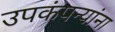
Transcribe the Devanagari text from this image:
उपकंपन्यांना